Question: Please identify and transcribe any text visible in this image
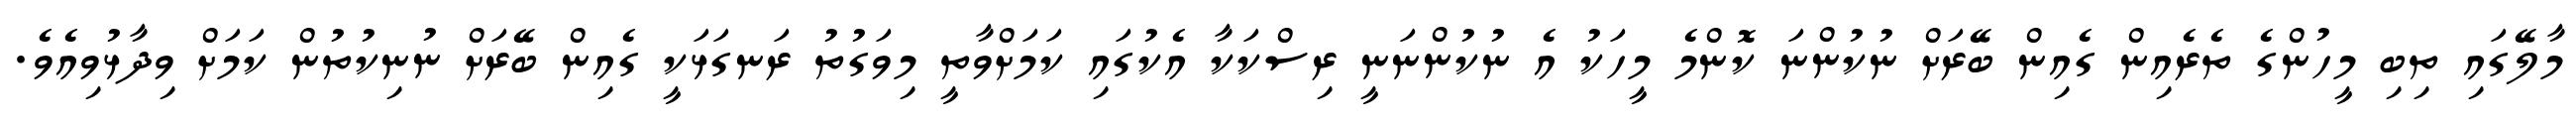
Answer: މާލޭގައި ތިބި މީހުންގެ ތެރެއިން ގެއިން ބޭރަށް ނުކުންނަ ކޮންމެ މީހަކު އެ ނުކުންނަނީ ރިސްކަކާ އެކުގައި ކަމަށްވާތީ މިވަގުތު ރަނގަޅަކީ ގެއިން ބޭރަށް ނުނިކުތުން ކަމަށް ވިދާޅުވިއެވެ.